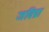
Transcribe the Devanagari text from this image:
जविप्रा